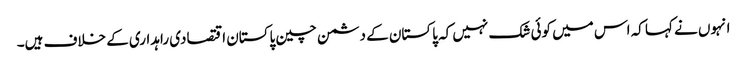
انہوں نے کہا کہ اس میں کوئی شک نہیں کہ پاکستان کے دشمن چین پاکستان اقتصادی راہداری کے خلاف ہیں۔